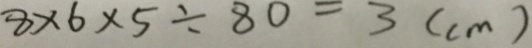
8 \times 6 \times 5 \div 8 0 = 3 ( c m )